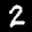
Label: 2